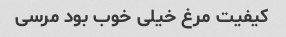
کیفیت مرغ خیلی خوب بود مرسی